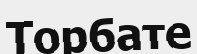
Торбате